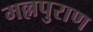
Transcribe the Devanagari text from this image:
मल्लपुराण